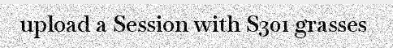
upload a Session with S301 grasses